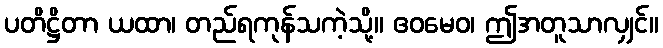
ပတိဋ္ဌိတာ ယထာ၊ တည်ရကုန်သကဲ့သို့။ ဧဝမေဝ၊ ဤအတူသာလျှင်။